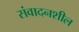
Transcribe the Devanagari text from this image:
संवादनशील